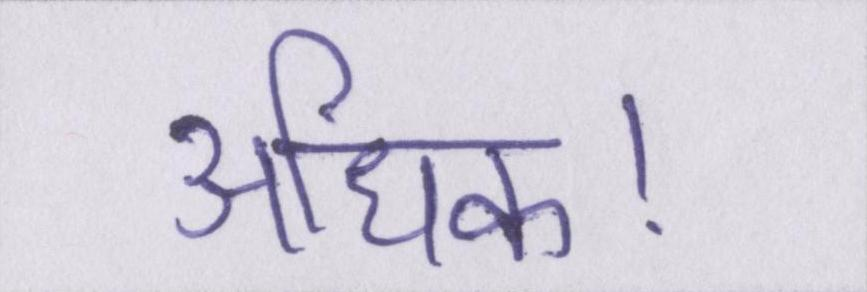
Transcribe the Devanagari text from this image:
अधिक।